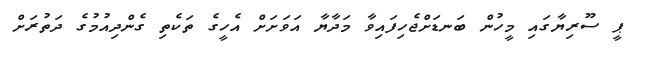
ޕީ ސޫރިޔާގައި މީހުން ބަނޑަށްޖެހިފައިވާ މަދާޔާ އަވަށަށް އެހީގެ ތަކެތި ގެންދިއުމުގެ ދަތުރަށް